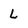
Character: L